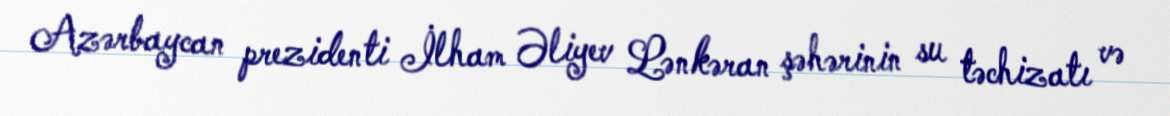
Azərbaycan prezidenti İlham Əliyev Lənkəran şəhərinin su təchizatı və